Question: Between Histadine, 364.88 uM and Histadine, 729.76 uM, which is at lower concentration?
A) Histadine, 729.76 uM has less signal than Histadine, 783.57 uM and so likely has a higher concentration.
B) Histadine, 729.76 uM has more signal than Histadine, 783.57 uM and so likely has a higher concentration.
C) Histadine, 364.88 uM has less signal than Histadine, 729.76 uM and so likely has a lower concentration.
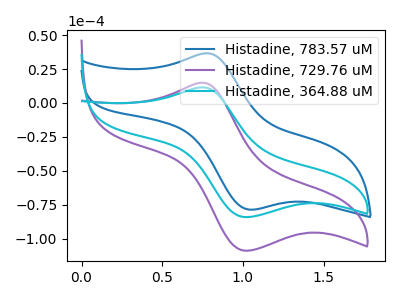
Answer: <think>The blue curve "Histadine, 783.57 uM" has an anodic peak at (0.75V, 36.60uA) and a cathodic peak at (1.05V, -78.45uA). The purple curve "Histadine, 729.76 uM" has an anodic peak at (0.75V, 14.90uA) and a cathodic peak at (1.05V, -108.75uA). The cyan curve "Histadine, 364.88 uM" has an anodic peak at (0.75V, 11.50uA) and a cathodic peak at (1.05V, -84.00uA).
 All the peaks in "Histadine, 364.88 uM" have a peak in "Histadine, 729.76 uM" at the same potential. Every peak in "Histadine, 364.88 uM" is lower than every peak in "Histadine, 729.76 uM".</think>
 <answer>C) "Histadine, 364.88 uM" has less signal than "Histadine, 729.76 uM" and so likely has a lower concentration.</answer>
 <eval>C</eval>